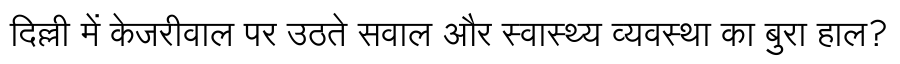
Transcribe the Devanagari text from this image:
दिल्ली में केजरीवाल पर उठते सवाल और स्वास्थ्य व्यवस्था का बुरा हाल?